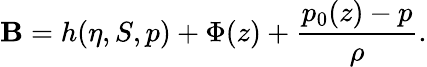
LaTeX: {\cal\mathbf{B}}=h(\eta,S,p)+\Phi(z)+\frac{{p_{0}(z)-p}}{{\rho}}.